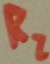
Text: R2